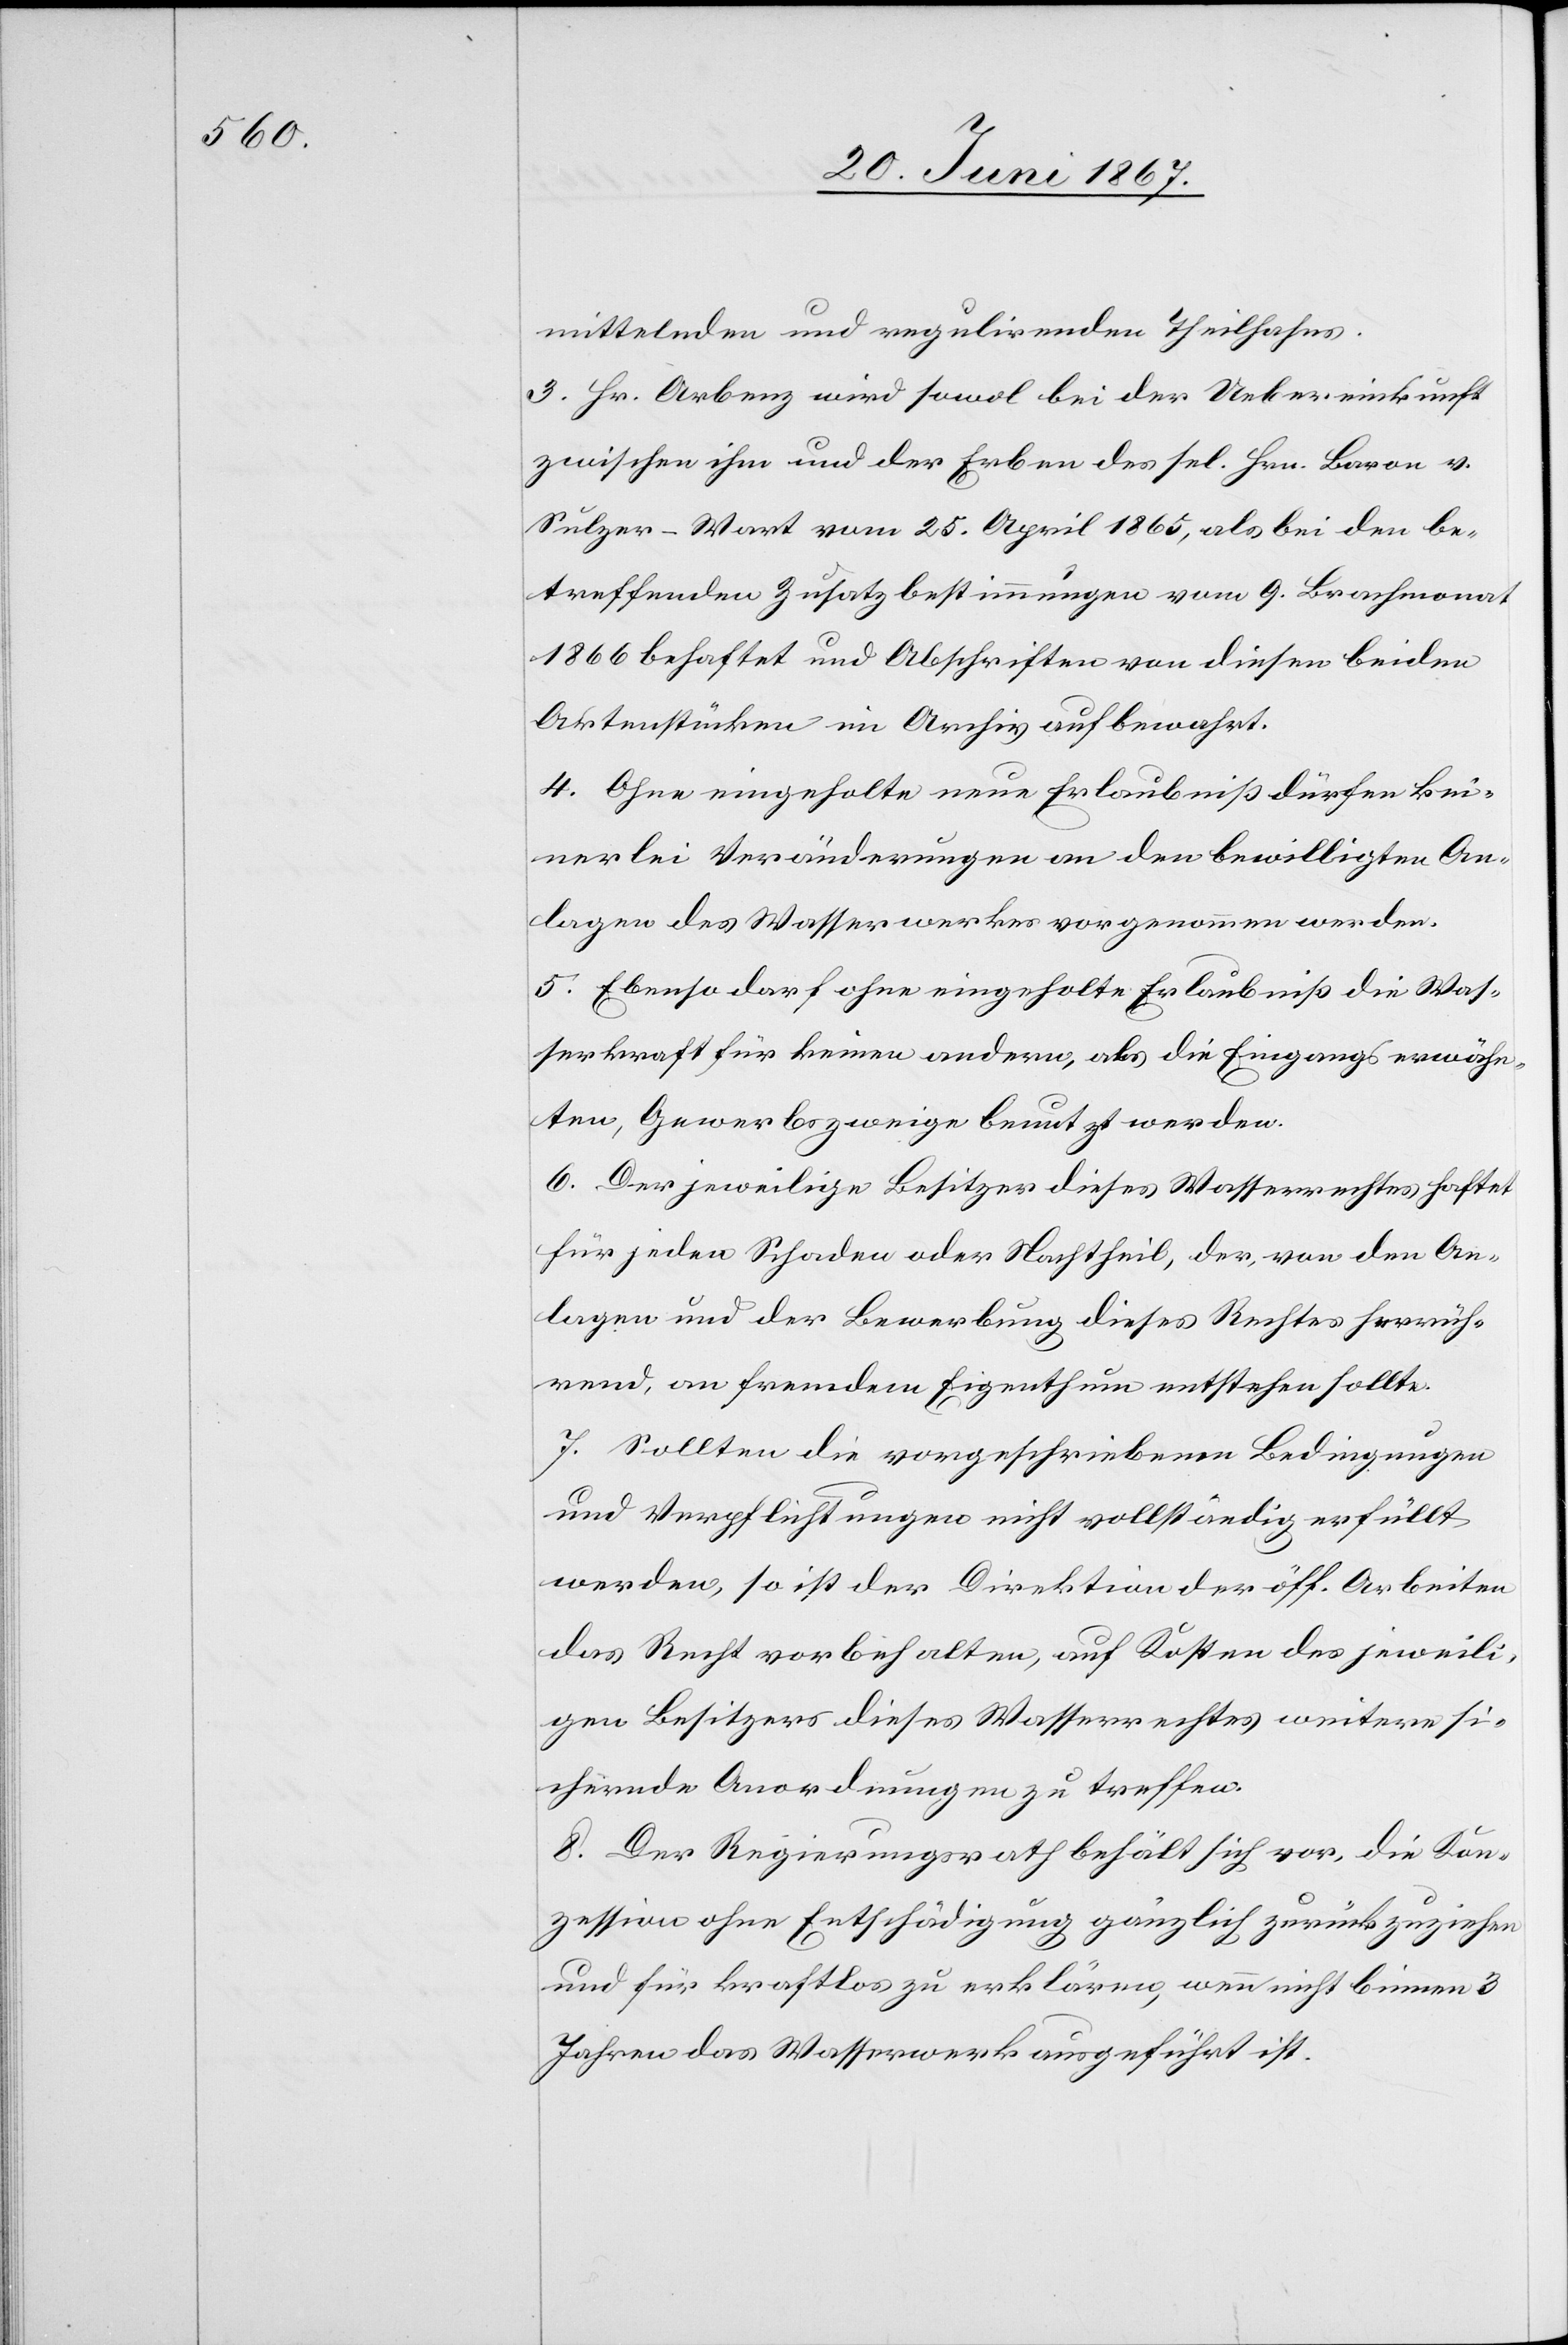
mittelnden und regulirenden Theilhahns.
3. Hr. Arbenz wird sowol bei der Uebereinkunft
zwischen ihm und der Erben des sel. Baron v.
Sulzer-Wart vom 25. April 1865, als bei den be¬
treffenden Zusatzbestimmungen vom 9. Brachmonat
1866 behaftet und Abschriften von diesen beiden
Aktenstücken im Archiv aufbewahrt.
4. Ohne eingeholte neue Erlaubniß dürfen kei¬
nerlei Veränderungen an den bewilligten An¬
lagen des Wasserwerkes vorgenommen werden.
5. Ebenso darf ohne eingeholte Erlaubniß die Was¬
serkraft für keinen andern, als die Eingangs erwähn¬
ten, Gewerbszweige benutzt werden.
6. Der jeweilige Besitzer dieses Wasserrechtes haftet
für jeden Schaden oder Nachtheil, der, von den An¬
lagen und der Bewerbung dieses Rechtes herrüh¬
rend, an fremdem Eigenthum entstehen sollte.
7. Sollten die vorgeschriebenen Bedingungen
und Verpflichtungen nicht vollständig erfüllt
werden, so ist der Direktion der öff. Arbeiten
das Recht vorbehalten, auf Kosten des jeweili¬
gen Besitzers dieses Wasserrechtes weitere si¬
chernde Anordnungen zu treffen.
8. Der Regierungsrath behält sich vor, die Kon¬
zession ohne Entschädigung gänzlich zurückzuziehen
und für kraftlos zu erklären, wenn nicht binnen 3
Jahren das Wasserwerk ausgeführt ist.